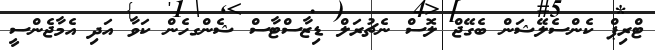
ޓްރިޕް ކެންސެލޭޝަން ބެގޭޖް ލޮސް ނެޗުރަލް ޑިޒާސްޓާސް ޝެންގހެން ކަވާ އަދި އެމާޖެންސީ